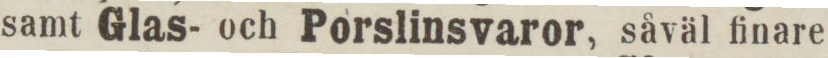
samt Glas- och Porslinsvaror, såväl finare